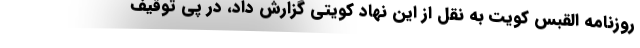
روزنامه القبس کویت به نقل از این نهاد کویتی گزارش داد، در پی توقیف